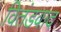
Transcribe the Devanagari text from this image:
वितंडवाद